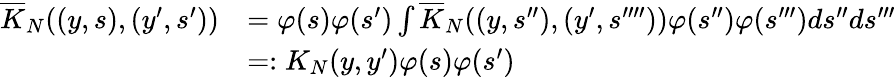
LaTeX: \begin{array}{rl}{\overline{{K}}_{N}((y,s),(y^{\prime},s^{\prime}))}&{=\varphi(s)\varphi(s^{\prime})\int\overline{{K}}_{N}((y,s^{\prime\prime}),(y^{\prime},s^{\prime\prime\prime\prime}))\varphi(s^{\prime\prime})\varphi(s^{\prime\prime\prime})ds^{\prime\prime}ds^{\prime\prime\prime}}\\ &{=:K_{N}(y,y^{\prime})\varphi(s)\varphi(s^{\prime})}\end{array}